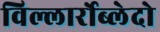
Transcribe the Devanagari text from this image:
विल्लार्रोब्लेदो